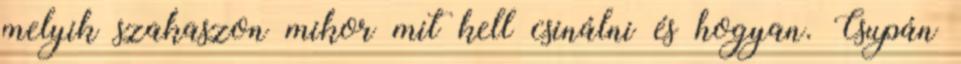
melyik szakaszon mikor mit kell csinálni és hogyan. Csupán